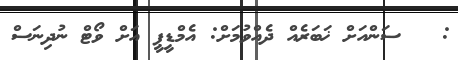
:   ސަންއަށް ޚަބަރެއް ދެއްވުމަށް: އެމްޑީޕީ އަށް ވޯޓް ނުދިނަސް